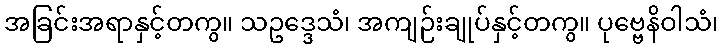
အခြင်းအရာနှင့်တကွ။ သဥဒ္ဒေသံ၊ အကျဉ်းချုပ်နှင့်တကွ။ ပုဗ္ဗေနိဝါသံ၊